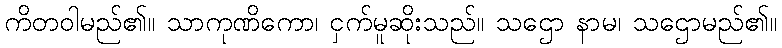
ကိတဝါမည်၏။ သာကုဏိကော၊ ငှက်မူဆိုးသည်။ သဌော နာမ၊ သဌောမည်၏။